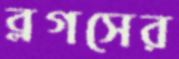
ব্লগসের